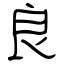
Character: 良